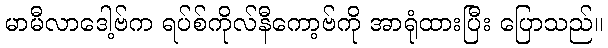
မာမီလာဒေါ့ဗ်က ရပ်စ်ကိုလ်နီကော့ဗ်ကို အာရုံထားပြီး ပြောသည်။